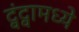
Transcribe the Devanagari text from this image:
द्वंद्वामध्ये